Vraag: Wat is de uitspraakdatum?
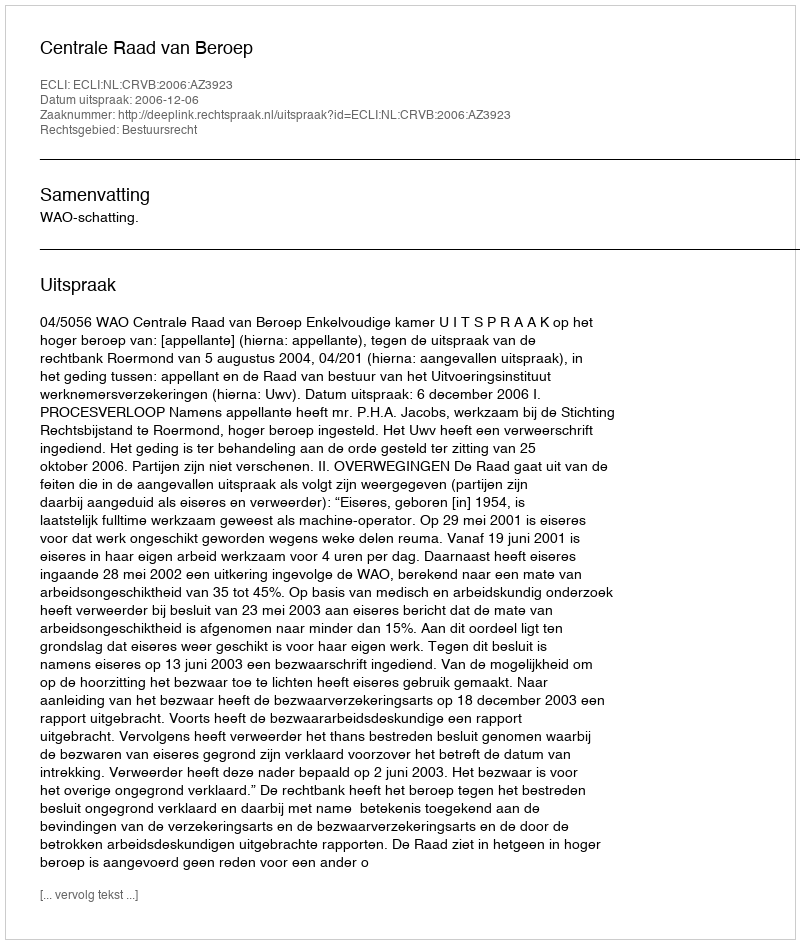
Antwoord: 2006-12-06